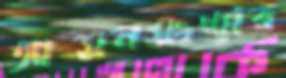
আসনসংখ্যার